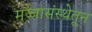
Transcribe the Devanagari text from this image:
मज्जासंस्थेतून